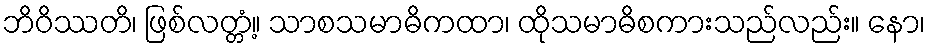
ဘိဝိဿတိ၊ ဖြစ်လတ္တံ့။ သာစသမာဓိကထာ၊ ထိုသမာဓိစကားသည်လည်း။ နော၊